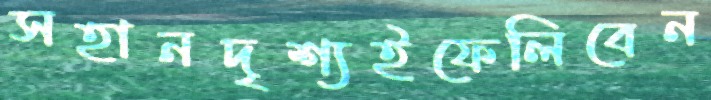
সহানদৃশ্যইফেলিবেন